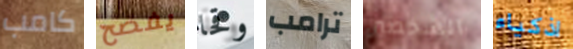
كامب يفصح وقحا ترامب الشخصين اذكياء